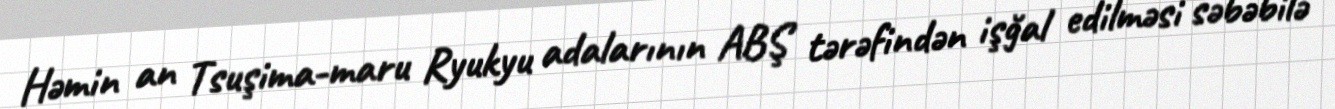
Həmin an Tsuşima-maru Ryukyu adalarının ABŞ tərəfindən işğal edilməsi səbəbilə